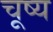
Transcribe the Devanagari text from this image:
चूष्य